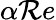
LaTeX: \alpha\mathcal{R}e